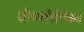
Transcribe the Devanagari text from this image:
ग्रीष्मनिश्ष्क्रिय